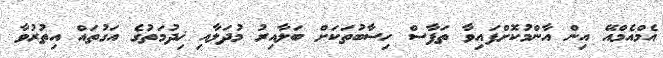
އެމްއެމްއޭ އިން އާންމުކޮށްފައިވާ ތަފާސް ހިސާބުތަކަށް ބަލާއިރު މުދަލާއި ޚިދުމަތުގެ އަގުތައް އިތުރުވާ